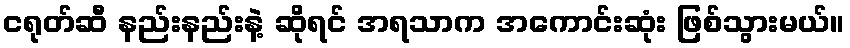
ငရုတ်ဆီ နည်းနည်းနဲ့ ဆိုရင် အရသာက အကောင်းဆုံး ဖြစ်သွားမယ်။